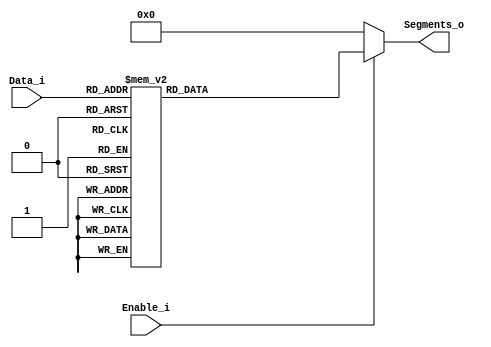
// 230711

`default_nettype none
module Decoder7seg #(
	parameter COMMON_CATHODE = 1	// 1 - common cathode, 0 - common anode
)(
	input wire		  Enable_i,		// 1 - on, 0 - off
	input wire	[3:0] Data_i,		// 4-bit input
	output wire	[6:0] Segments_o	// Connect to segment LEDs
);
	
	reg		[6:0] Temp;
	
	always @(*) begin
		if(Enable_i)
			case(Data_i)		   // gfedcba
				4'h0:		Temp = 7'b0111111;
				4'h1:		Temp = 7'b0000110;
				4'h2:		Temp = 7'b1011011;
				4'h3:		Temp = 7'b1001111;
				4'h4:		Temp = 7'b1100110;
				4'h5:		Temp = 7'b1101101;
				4'h6:		Temp = 7'b1111101;
				4'h7:		Temp = 7'b0000111;
				4'h8:		Temp = 7'b1111111;
				4'h9:		Temp = 7'b1101111;
				4'hA:		Temp = 7'b1110111;
				4'hB:		Temp = 7'b1111100;
				4'hC:		Temp = 7'b0111001;
				4'hD:		Temp = 7'b1011110;
				4'hE:		Temp = 7'b1111001;
				4'hF:		Temp = 7'b1110001;
				default:	Temp = 7'b0000000;
			endcase
		else
			Temp = 0;
	end
	
	// If the display has common anode then invert segment bits
	assign Segments_o = COMMON_CATHODE ? Temp : ~Temp;
	
endmodule
`default_nettype wire